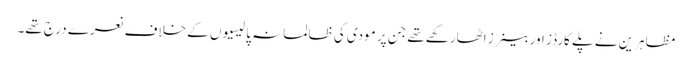
مظاہرین نے پلے کارڈز اور بینرز اٹھارکھے تھے جن پر مودی کی ظالمانہ پالیسیوں کے خلاف نعرے درج تھے۔